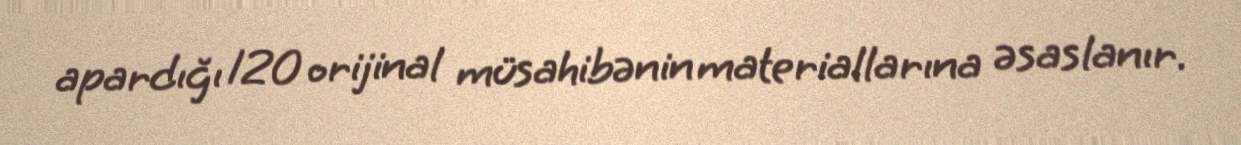
apardığı 120 orijinal müsahibənin materiallarına əsaslanır.